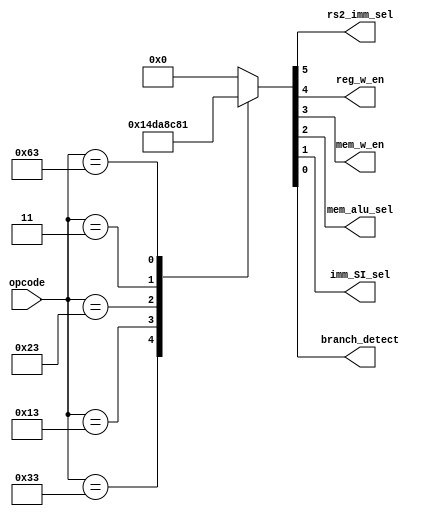
module main_controller(
    input   wire    [6:0]   opcode,
    output  wire            rs2_imm_sel,    // 0: rs2, 1:imm
    output  wire            reg_w_en,       // 0: disable, 1:enable
    output  wire            mem_w_en,       // 0: disable, 1:enable
    output  wire            mem_alu_sel,    // 0: memd, 1: alud
    output  wire            imm_SI_sel,     // 0: S_imm, 1:I_imm
    output  wire            branch_detect   // 0: other, 1:branch
);

    assign {rs2_imm_sel, reg_w_en, mem_w_en, mem_alu_sel, imm_SI_sel, branch_detect} = decoder(opcode);

    function [5:0] decoder(
        input [6:0] opcode
    );
        begin
            case(opcode)
                7'b0110011: decoder = 6'b010100;  //Rtype
                7'b0010011: decoder = 6'b110110;  //Itype
                7'b0100011: decoder = 6'b101000;  //Store
                7'b0000011: decoder = 6'b110010;  //Load
                7'b1100011: decoder = 6'b000001;  //Btype
                default:    decoder = 6'b000000;
            endcase
        end
    endfunction

endmodule